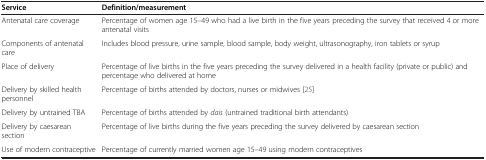
<table><thead><tr><td><b>Service</b></td><td><b>Definition/measurement</b></td></tr></thead><tbody><tr><td>Antenatal care coverage</td><td>Percentage of women age 15–49 who had a live birth in the five years preceding the survey that received 4 or more antenatal visits</td></tr><tr><td>Components of antenatal care</td><td>Includes blood pressure, urine sample, blood sample, body weight, ultrasonography, iron tablets or syrup</td></tr><tr><td>Place of delivery</td><td>Percentage of live births in the five years preceding the survey delivered in a health facility (private or public) and percentage who delivered at home</td></tr><tr><td>Delivery by skilled health personnel</td><td>Percentage of births attended by doctors, nurses or midwives [25]</td></tr><tr><td>Delivery by untrained TBA</td><td>Percentage of births attended by <i>dais</i> (untrained traditional birth attendants)</td></tr><tr><td>Delivery by caesarean section</td><td>Percentage of live births during the five years preceding the survey delivered by caesarean section</td></tr><tr><td>Use of modern contraceptive</td><td>Percentage of currently married women age 15–49 using modern contraceptives</td></tr></tbody></table>